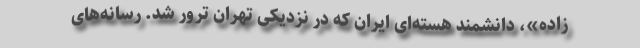
زاده»، دانشمند هسته‌ای ایران که در نزدیکی تهران ترور شد. رسانه‌های